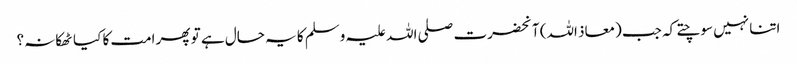
اتنا نہیں سوچتے کہ جب (معاذ اللہ) آنحضرت صلی اللہ علیہ وسلم کا یہ حال ہے تو پھر امت کا کیا ٹھکانہ؟